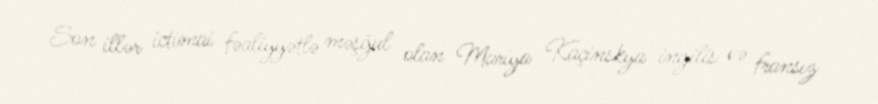
Son illər ictimai fəaliyyətlə məşğul olan Mariya Kaçinskya ingilis və fransız